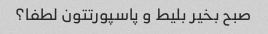
صبح بخیر بلیط و پاسپورتتون لطفا؟